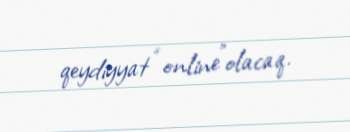
qeydiyyat “online”olacaq.